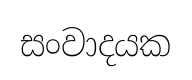
සංවාදයක